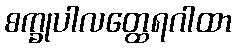
စက္ခုပါလတ္ထေရဂါထာ